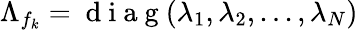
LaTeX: \Lambda_{f_{k}}=\mathrm{~d~i~a~g~}(\lambda_{1},\lambda_{2},...,\lambda_{N})